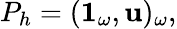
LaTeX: P_{h}=(\mathbf{1}_{\omega},\mathbf{u})_{\omega},